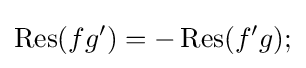
\operatorname {Res} (fg')=-\operatorname {Res} (f'g);